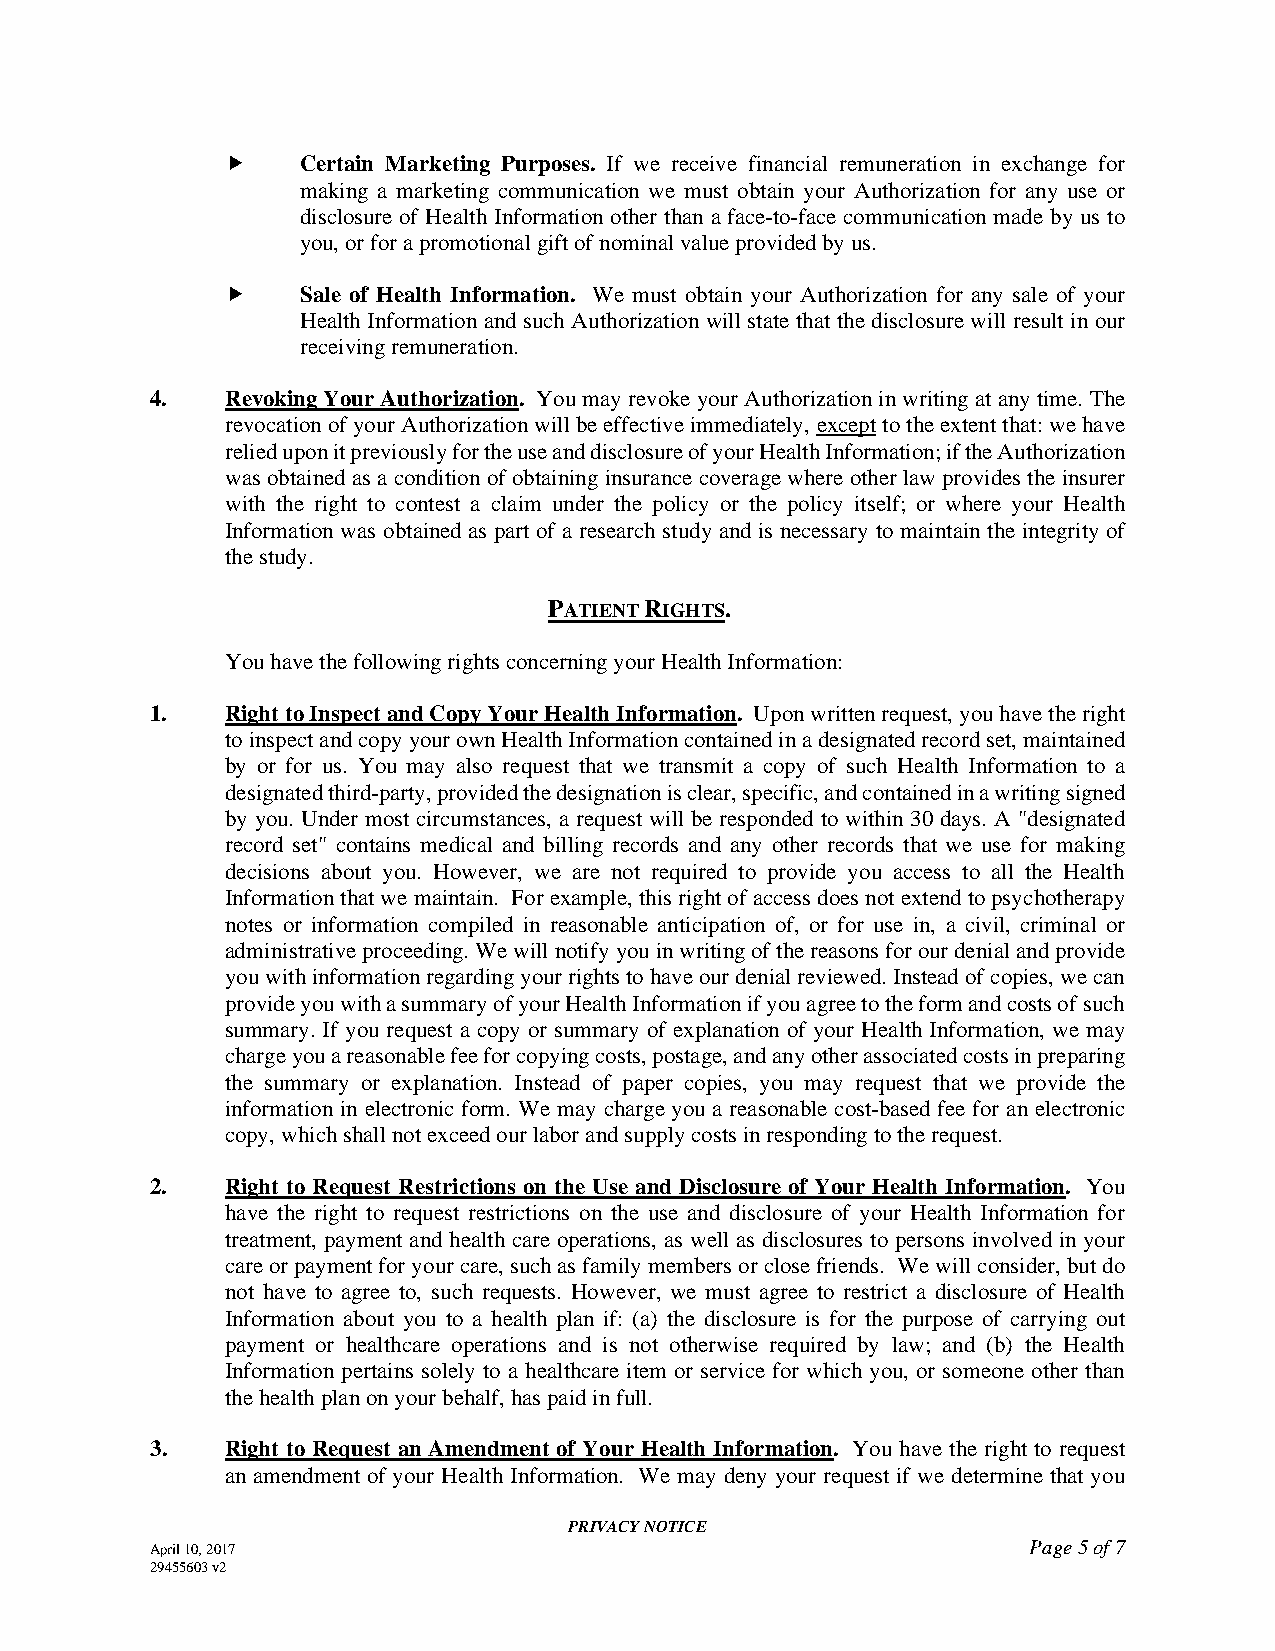
    Certain Marketing Purposes. If we receive financial remuneration in exchange for
 making a marketing communication we must obtain your Authorization for any use or
 disclosure of Health Information other than a face-to-face communication made by us to
 you, or for a promotional gift of nominal value provided by us.
     Sale of Health Information. We must obtain your Authorization for any sale of your
 Health Information and such Authorization will state that the disclosure will result in our
 receiving remuneration.
 4.   Revoking Your Authorization. You may revoke your Authorization in writing at any time. The
 revocation of your Authorization will be effective immediately, except to the extent that: we have
 relied upon it previously for the use and disclosure of your Health Information; if the Authorization
 was obtained as a condition of obtaining insurance coverage where other law provides the insurer
 with the right to contest a claim under the policy or the policy itself; or where your Health
 Information was obtained as part of a research study and is necessary to maintain the integrity of
 the study.
 PATIENT RIGHTS.
 You have the following rights concerning your Health Information:
 1.   Right to Inspect and Copy Your Health Information. Upon written request, you have the right
 to inspect and copy your own Health Information contained in a designated record set, maintained
 by or for us. You may also request that we transmit a copy of such Health Information to a
 designated third-party, provided the designation is clear, specific, and contained in a writing signed
 by you. Under most circumstances, a request will be responded to within 30 days. A "designated
 record set" contains medical and billing records and any other records that we use for making
 decisions about you. However, we are not required to provide you access to all the Health
 Information that we maintain. For example, this right of access does not extend to psychotherapy
 notes or information compiled in reasonable anticipation of, or for use in, a civil, criminal or
 administrative proceeding. We will notify you in writing of the reasons for our denial and provide
 you with information regarding your rights to have our denial reviewed. Instead of copies, we can
 provide you with a summary of your Health Information if you agree to the form and costs of such
 summary. If you request a copy or summary of explanation of your Health Information, we may
 charge you a reasonable fee for copying costs, postage, and any other associated costs in preparing
 the summary or explanation. Instead of paper copies, you may request that we provide the
 information in electronic form. We may charge you a reasonable cost-based fee for an electronic
 copy, which shall not exceed our labor and supply costs in responding to the request.
 2.   Right to Request Restrictions on the Use and Disclosure of Your Health Information. You
 have the right to request restrictions on the use and disclosure of your Health Information for
 treatment, payment and health care operations, as well as disclosures to persons involved in your
 care or payment for your care, such as family members or close friends. We will consider, but do
 not have to agree to, such requests. However, we must agree to restrict a disclosure of Health
 Information about you to a health plan if: (a) the disclosure is for the purpose of carrying out
 payment or healthcare operations and is not otherwise required by law; and (b) the Health
 Information pertains solely to a healthcare item or service for which you, or someone other than
 the health plan on your behalf, has paid in full.
 3.   Right to Request an Amendment of Your Health Information. You have the right to request
 an amendment of your Health Information. We may deny your request if we determine that you
 PRIVACY NOTICE
 April 10, 2017                                            Page 5 of 7
 29455603 v2